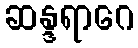
ဆန္ဒရာဂေ